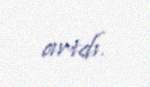
artdı.